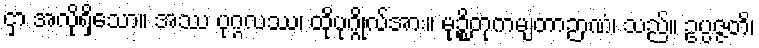
ငှာ အလိုရှိသော။ အဿ ပုဂ္ဂလဿ၊ ထိုပုဂ္ဂိုလ်အား။ မုဉ္စိတုကမျတာဉာဏံ၊ သည်။ ဥပ္ပဇ္ဇတိ၊